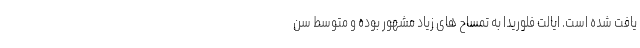
یافت شده است. ایالت فلوریدا به تمساح های زیاد مشهور بوده و متوسط سن